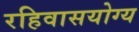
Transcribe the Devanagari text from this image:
रहिवासयोग्य